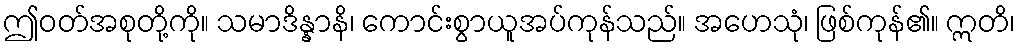
ဤဝတ်အစုတို့ကို။ သမာဒိန္နာနိ၊ ကောင်းစွာယူအပ်ကုန်သည်။ အဟေသုံ၊ ဖြစ်ကုန်၏။ ဣတိ၊